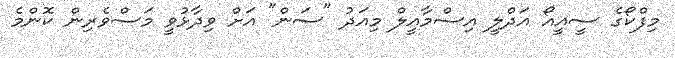
މިފްކޯގެ ސީއީއޯ އަދްލީ އިސްމާއީލް މިއަދު "ސަން" އަށް ވިދާޅުވީ މަސްވެރިން ކޮންމެ